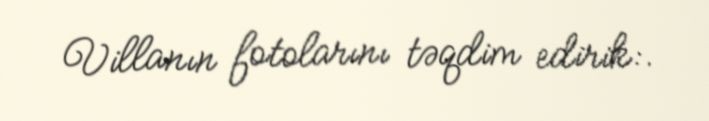
Villanın fotolarını təqdim edirik:.